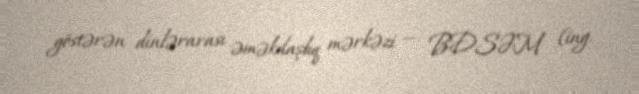
göstərən dinlərarası əməkdaşlıq mərkəzi — BDSƏM (ing.